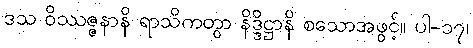
ဒသ ဝိဿဇ္ဇနာနိ ရာသိကတွာ နိဒ္ဒိဋ္ဌာနိ စသောအဖွင့်။ ပါ-၁၇၊